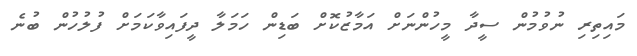
މައިތިރި ނުވުމުން ސީދާ މީހުންނަށް އަމާޒުކޮށް ބަޑިން ހަމަލާ ދީފައިވާކަމަށް ފުލުހުން ބުނެ